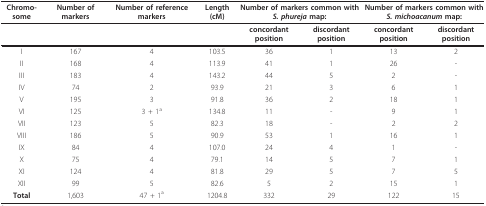
<table><thead><tr><td><b>Chromo-some</b></td><td><b>Number of markers</b></td><td><b>Number of reference markers</b></td><td><b>Length (cM)</b></td><td colspan="2"><b>Number of markers common with <i>S. phureja </i>map:</b></td><td colspan="2"><b>Number of markers common with <i>S. michoacanum </i>map:</b></td></tr></thead><tbody><tr><td></td><td></td><td></td><td></td><td><b>concordant position</b></td><td><b>discordant position</b></td><td><b>concordant position</b></td><td><b>discordant position</b></td></tr><tr><td>I</td><td>167</td><td>4</td><td>103.5</td><td>36</td><td>1</td><td>13</td><td>2</td></tr><tr><td>II</td><td>168</td><td>4</td><td>113.9</td><td>41</td><td>1</td><td>26</td><td>-</td></tr><tr><td>III</td><td>183</td><td>4</td><td>143.2</td><td>44</td><td>5</td><td>2</td><td>-</td></tr><tr><td>IV</td><td>74</td><td>2</td><td>93.9</td><td>21</td><td>3</td><td>6</td><td>1</td></tr><tr><td>V</td><td>195</td><td>3</td><td>91.8</td><td>36</td><td>2</td><td>18</td><td>1</td></tr><tr><td>VI</td><td>125</td><td>3 + 1<sup>a</sup></td><td>134.8</td><td>11</td><td>-</td><td>9</td><td>1</td></tr><tr><td>VII</td><td>123</td><td>5</td><td>82.3</td><td>18</td><td>-</td><td>2</td><td>2</td></tr><tr><td>VIII</td><td>186</td><td>5</td><td>90.9</td><td>53</td><td>1</td><td>16</td><td>1</td></tr><tr><td>IX</td><td>84</td><td>4</td><td>107.0</td><td>24</td><td>4</td><td>1</td><td>-</td></tr><tr><td>X</td><td>75</td><td>4</td><td>79.1</td><td>14</td><td>5</td><td>7</td><td>1</td></tr><tr><td>XI</td><td>124</td><td>4</td><td>81.8</td><td>29</td><td>5</td><td>7</td><td>5</td></tr><tr><td>XII</td><td>99</td><td>5</td><td>82.6</td><td>5</td><td>2</td><td>15</td><td>1</td></tr><tr><td><b>Total</b></td><td>1,603</td><td>47 + 1<sup>a</sup></td><td>1204.8</td><td>332</td><td>29</td><td>122</td><td>15</td></tr></tbody></table>